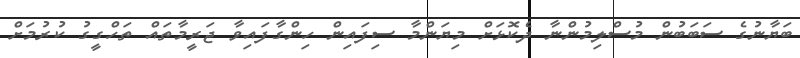
ބަޔާނުގެ ސަބަބުން މުސްލިމުންނާ ދެކޮޅަށް މިޔަންމާ ސިފައިން ހިންގާފައިވާ ޖަރީމާތައް ތަހްގީގު ކުރުމަށް